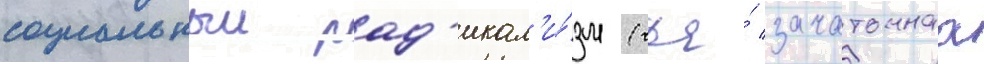
социальныи рад'икал'и́зм (чья́ зачаточнаа